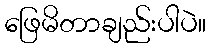
ဖြေမိတာချည်းပါပဲ။